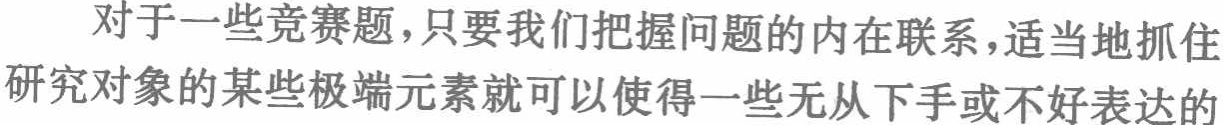
对于一些竞赛题，只要我们把握问题的内在联系，适当地抓住研究对象的某些极端元素就可以使得一些无从下手或不好表达的